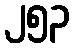
၂၅၃